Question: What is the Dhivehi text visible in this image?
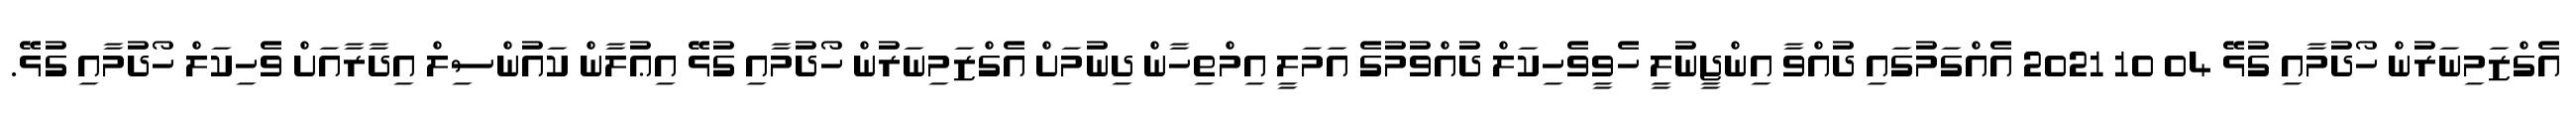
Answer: އެގްޒަމިނަރުން ހޯދުމާއި ގުޅޭ 04 10 2021 އެއްގަމުގައި ދުއްވާ އިންޖީނުލީ ހެވީވެހިކަލް ދުއްވުމުގެ އަމަލީ އިމްތިހާން ދިނުމަށް އެގްޒަމިނަރުން ހޯދުމާއި ގުޅޭ އިޢުލާން ކައުންސިލް އިދާރާއަށް ވެހިކަލް ހޯދުމާއި ގުޅޭ.